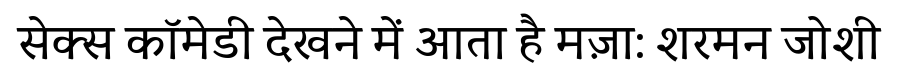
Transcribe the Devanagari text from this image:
सेक्स कॉमेडी देखने में आता है मज़ा: शरमन जोशी